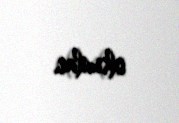
olsunlar.